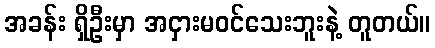
အခန်း ရှိဦးမှာ အငှားမဝင်သေးဘူးနဲ့ တူတယ်။